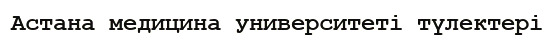
Астана медицина университеті түлектері